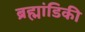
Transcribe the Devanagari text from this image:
ब्रह्मांडिकी